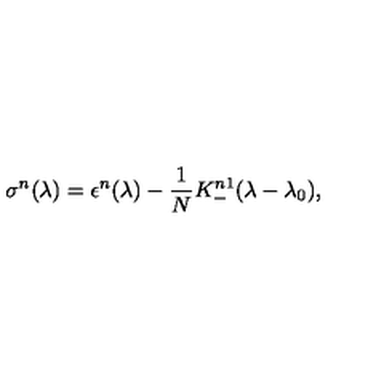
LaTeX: \sigma ^ { n } ( \lambda ) = \epsilon ^ { n } ( \lambda ) - { \frac { 1 } { N } } K _ { - } ^ { n 1 } ( \lambda - \lambda _ { 0 } ) ,